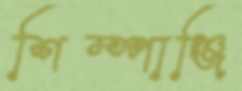
শিম্পাঞ্জি